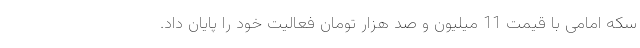
سکه امامی با قیمت 11 میلیون و صد هزار تومان فعالیت خود را پایان داد.